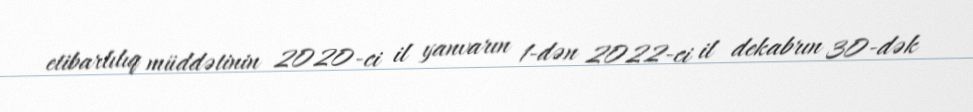
etibarlılıq müddətinin 2020-ci il yanvarın 1-dən 2022-ci il dekabrın 30-dək